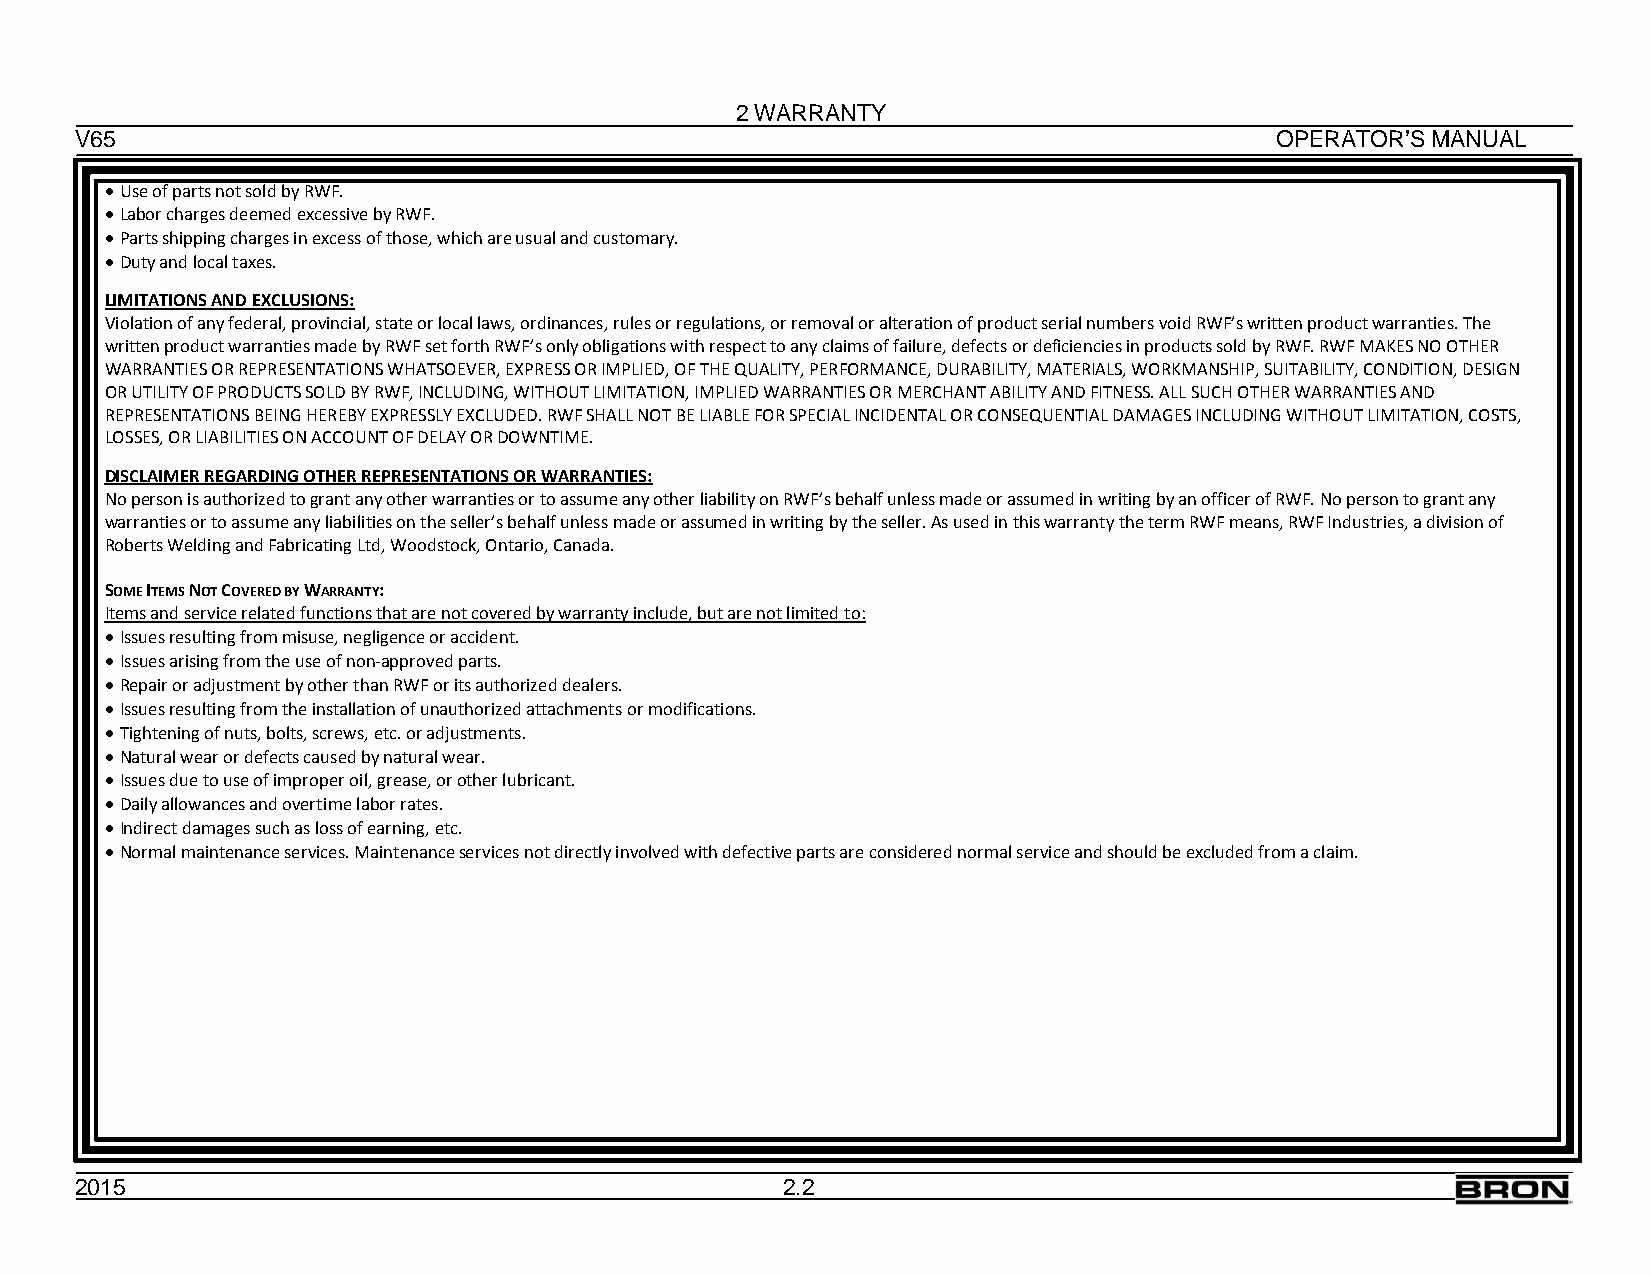
2 WARRANTY
 V65                                                                            OPERATOR’S MANUAL
 • Use of parts not sold by RWF.
 • Labor charges deemed excessive by RWF.
 • Parts shipping charges in excess of those, which are usual and customary.
 • Duty and local taxes.
 LIMITATIONS AND EXCLUSIONS:
 Violation of any federal, provincial, state or local laws, ordinances, rules or regulations, or removal or alteration of product serial numbers void RWF’s written product warranties. The
 written product warranties made by RWF set forth RWF’s only obligations with respect to any claims of failure, defects or deficiencies in products sold by RWF. RWF MAKES NO OTHER
 WARRANTIES OR REPRESENTATIONS WHATSOEVER, EXPRESS OR IMPLIED, OF THE QUALITY, PERFORMANCE, DURABILITY, MATERIALS, WORKMANSHIP, SUITABILITY, CONDITION, DESIGN
 OR UTILITY OF PRODUCTS SOLD BY RWF, INCLUDING, WITHOUT LIMITATION, IMPLIED WARRANTIES OR MERCHANT ABILITY AND FITNESS. ALL SUCH OTHER WARRANTIES AND
 REPRESENTATIONS BEING HEREBY EXPRESSLY EXCLUDED. RWF SHALL NOT BE LIABLE FOR SPECIAL INCIDENTAL OR CONSEQUENTIAL DAMAGES INCLUDING WITHOUT LIMITATION, COSTS,
 LOSSES, OR LIABILITIES ON ACCOUNT OF DELAY OR DOWNTIME.
 DISCLAIMER REGARDING OTHER REPRESENTATIONS OR WARRANTIES:
 No person is authorized to grant any other warranties or to assume any other liability on RWF’s behalf unless made or assumed in writing by an officer of RWF. No person to grant any
 warranties or to assume any liabilities on the seller’s behalf unless made or assumed in writing by the seller. As used in this warranty the term RWF means, RWF Industries, a division of
 Roberts Welding and Fabricating Ltd, Woodstock, Ontario, Canada.
 SOME ITEMS NOT COVERED BY WARRANTY:
 Items and service related functions that are not covered by warranty include, but are not limited to:
 • Issues resulting from misuse, negligence or accident.
 • Issues arising from the use of non-approved parts.
 • Repair or adjustment by other than RWF or its authorized dealers.
 • Issues resulting from the installation of unauthorized attachments or modifications.
 • Tightening of nuts, bolts, screws, etc. or adjustments.
 • Natural wear or defects caused by natural wear.
 • Issues due to use of improper oil, grease, or other lubricant.
 • Daily allowances and overtime labor rates.
 • Indirect damages such as loss of earning, etc.
 • Normal maintenance services. Maintenance services not directly involved with defective parts are considered normal service and should be excluded from a claim.
 2015                                           2.2